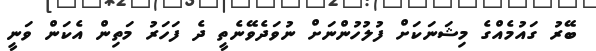
ބޭރު ގައުމެއްގެ މިޝަނަކަށް ފުލުހުންނަށް ނުވަދެވޭނެތީ ދެ ފަހަރު މަތިން އެކަން ވަނީ